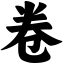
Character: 卷